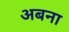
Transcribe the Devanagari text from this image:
अबना